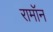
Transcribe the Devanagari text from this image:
रामॉन